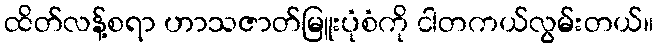
ထိတ်လန့်စရာ ဟာသဇာတ်မြူးပုံစံကို ငါတကယ်လွမ်းတယ်။